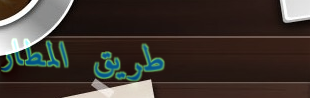
طريق المطار